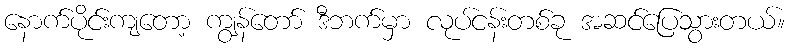
နောက်ပိုင်းကျတော့ ကျွန်တော် ဒီဘက်မှာ လုပ်ငန်းတစ်ခု အဆင်ပြေသွားတယ်။